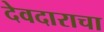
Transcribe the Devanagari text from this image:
देवदाराचा